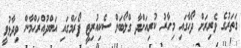
ގަތަރުގެ ވެރިރަށް ދޯހާގައި މިހާރު ކުރިއަށްދާ ގްލޯބަލް ސެކިއުރިޓީ ފޯރަމްގައި އަބްދުއްރަޙްމާން ވިދާޅުވީ